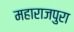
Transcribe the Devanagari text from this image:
महाराजपुरा